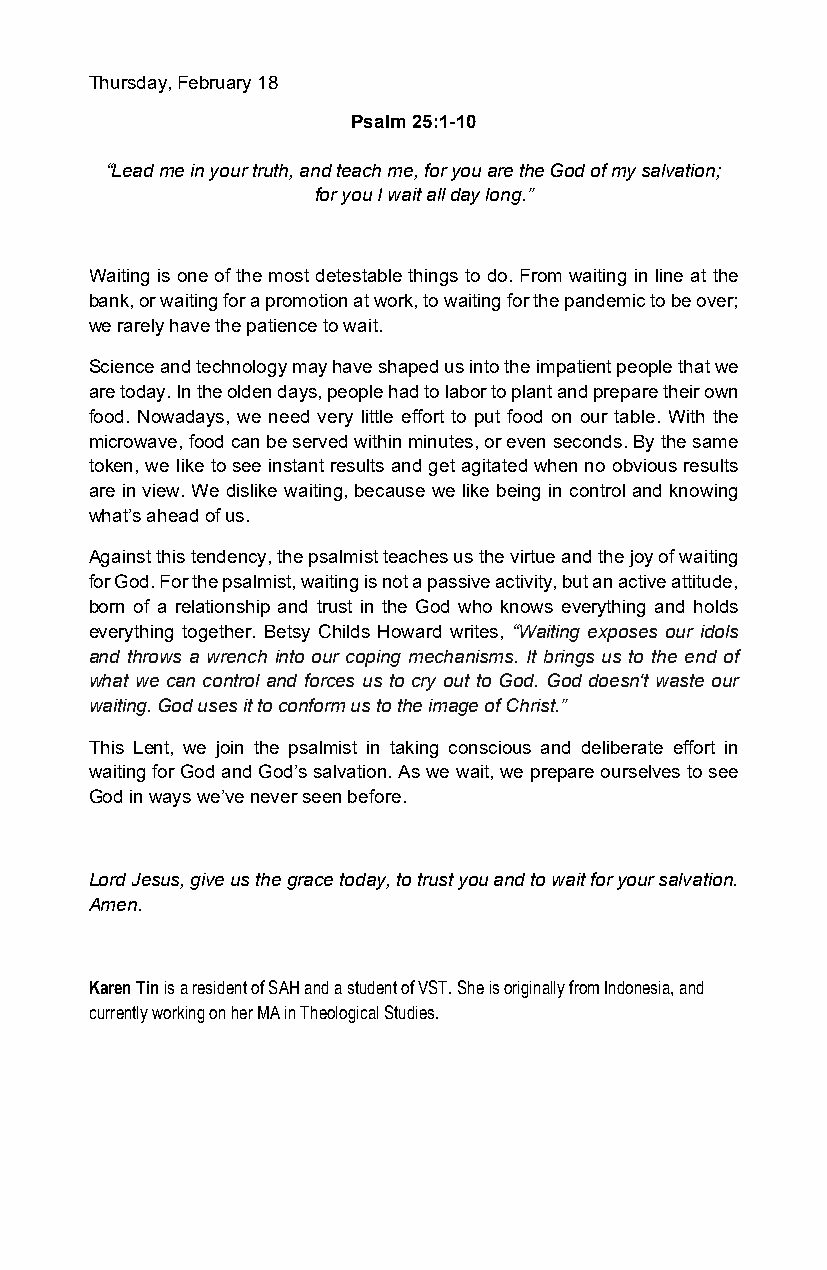
Thursday, February 18
 Psalm 25:1-10
 “Lead me in your truth, and teach me, for you are the God of my salvation;
 for you I wait all day long.”
 Waiting is one of the most detestable things to do. From waiting in line at the
 bank, or waiting for a promotion at work, to waiting for the pandemic to be over;
 we rarely have the patience to wait.
 Science and technology may have shaped us into the impatient people that we
 are today. In the olden days, people had to labor to plant and prepare their own
 food. Nowadays, we need very little effort to put food on our table. With the
 microwave, food can be served within minutes, or even seconds. By the same
 token, we like to see instant results and get agitated when no obvious results
 are in view. We dislike waiting, because we like being in control and knowing
 what’s ahead of us.
 Against this tendency, the psalmist teaches us the virtue and the joy of waiting
 for God. For the psalmist, waiting is not a passive activity, but an active attitude,
 born of a relationship and trust in the God who knows everything and holds
 everything together. Betsy Childs Howard writes, “Waiting exposes our idols
 and throws a wrench into our coping mechanisms. It brings us to the end of
 what we can control and forces us to cry out to God. God doesn't waste our
 waiting. God uses it to conform us to the image of Christ.”
 This Lent, we join the psalmist in taking conscious and deliberate effort in
 waiting for God and God’s salvation. As we wait, we prepare ourselves to see
 God in ways we’ve never seen before.
 Lord Jesus, give us the grace today, to trust you and to wait for your salvation.
 Amen.
 Karen Tin is a resident of SAH and a student of VST. She is originally from Indonesia, and
 currently working on her MA in Theological Studies.